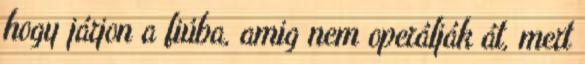
hogy járjon a fiúba, amig nem operálják át, mert